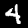
Digit: 4